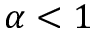
\alpha < 1